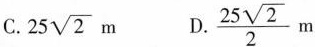
C. 25 \sqrt{2}m D.\frac{25 \sqrt{2}}{2}m